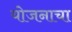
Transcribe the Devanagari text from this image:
योजनाचा